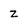
Character: Z